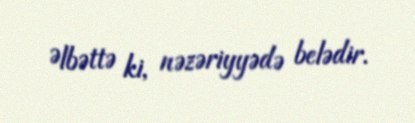
Əlbəttə ki, nəzəriyyədə belədir.